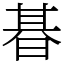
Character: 㫷